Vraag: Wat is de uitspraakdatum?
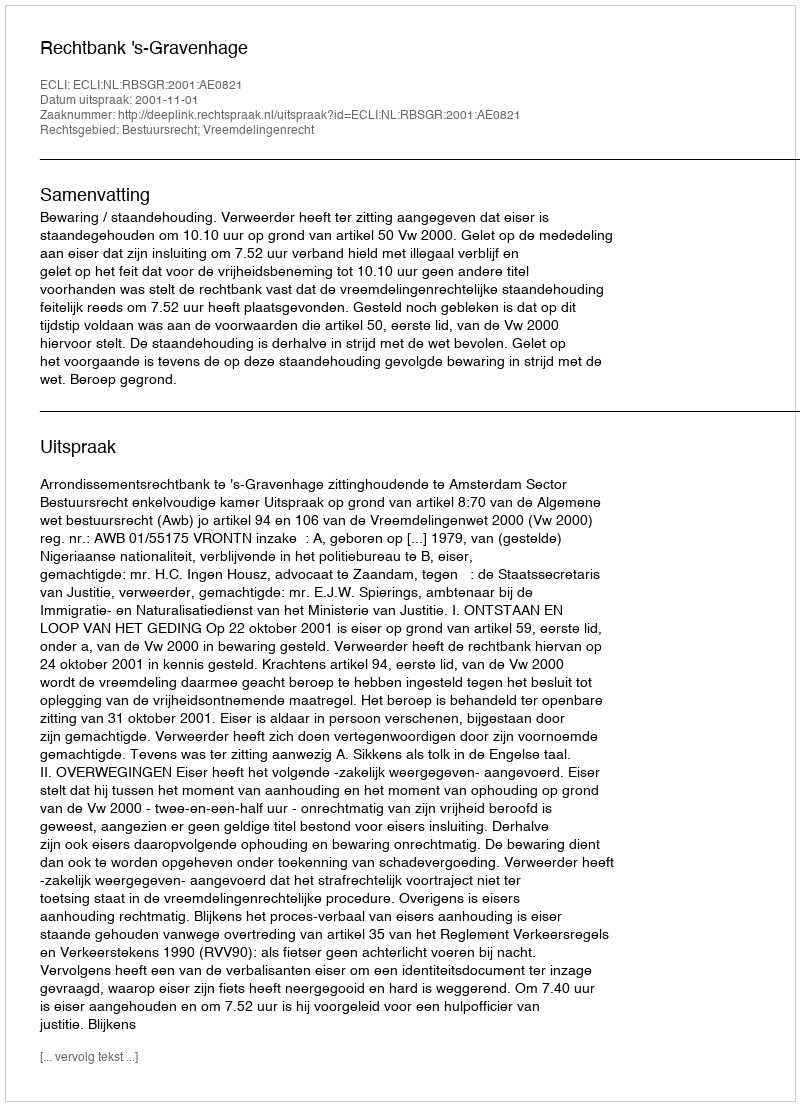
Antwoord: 2001-11-01